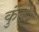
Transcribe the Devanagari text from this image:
कुंदेर